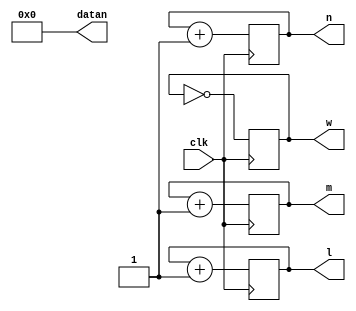
module testbench(l,m,n,w,clk,datan);
	output reg [4:0] l,m,n;
	output reg w ;
	output reg [63:0] datan;
	input clk;

	initial begin
		w = 0;
		l = 5'd0;
		m = 5'd1;
		n = 5'd2;
		datan = 64'd0;
	end
	always @(posedge clk)
	begin

		w = ~w;
		datal = datal + 64'd32;
		l = l + 5'b00001;
		m = m + 5'b00001;
		n = n + 5'b00001;

	end
endmodule